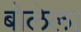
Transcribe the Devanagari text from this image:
बोलेला